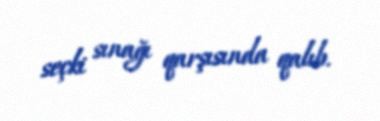
seçki sınağı qarşısında qalıb.